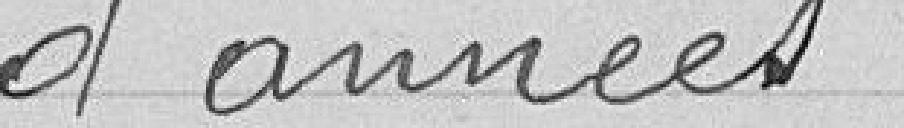
d'années